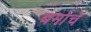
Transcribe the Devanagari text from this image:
बर्माचे